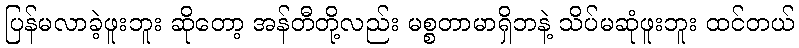
ပြန်မလာခဲ့ဖူးဘူး ဆိုတော့ အန်တီတို့လည်း မစ္စတာမာရှိဘနဲ့ သိပ်မဆုံဖူးဘူး ထင်တယ်